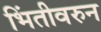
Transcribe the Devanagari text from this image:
भिंतीवरुन